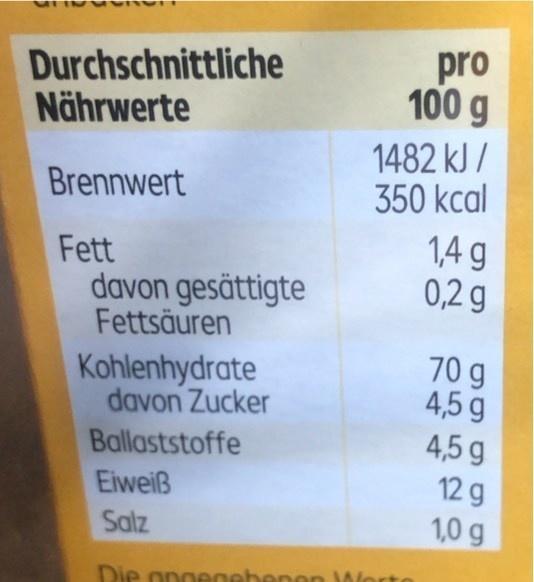
Durchschnittliche Nährwerte
pro 100 g
1482 kJ / 350 kcal
Brennwert
Fett davon gesättigte Fettsäuren
1,4 g 0,2 g
Kohlenhydrate davon Zucker Ballaststoffe
70 g 4,5 g 4,5 g 12 g 1,0 g
Eiweiß
Salz
Die opgenebend